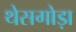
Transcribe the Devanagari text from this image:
थेसगोड़ा